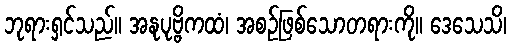
ဘုရားရှင်သည်။ အနုပုဗ္ဗိကထံ၊ အစဉ်ဖြစ်သောတရားကို။ ဒေသေသိ၊